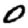
Digit: 0